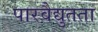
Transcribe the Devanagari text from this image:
पारवैद्युतता